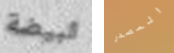
البيضة المصدر